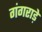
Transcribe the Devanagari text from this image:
गंगराड़े